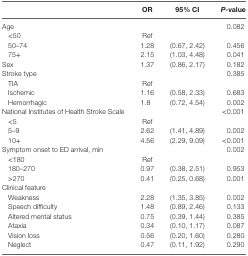
<table><thead><tr><td></td><td><b>OR</b></td><td><b>95% CI</b></td><td><b><i>P</i>-value</b></td></tr></thead><tbody><tr><td>Age</td><td></td><td></td><td>0.082</td></tr><tr><td> &lt;50</td><td>Ref</td><td></td><td></td></tr><tr><td> 50–74</td><td>1.28</td><td>(0.67, 2.42)</td><td>0.456</td></tr><tr><td> 75+</td><td>2.15</td><td>(1.03, 4.48)</td><td>0.041</td></tr><tr><td>Sex</td><td>1.37</td><td>(0.86, 2.17)</td><td>0.182</td></tr><tr><td>Stroke type</td><td></td><td></td><td>0.385</td></tr><tr><td> TIA</td><td>Ref</td><td></td><td></td></tr><tr><td> Ischemic</td><td>1.16</td><td>(0.58, 2.33)</td><td>0.683</td></tr><tr><td> Hemorrhagic</td><td>1.8</td><td>(0.72, 4.54)</td><td>0.002</td></tr><tr><td>National Institutes of Health Stroke Scale</td><td></td><td></td><td>&lt;0.001</td></tr><tr><td> &lt;5</td><td>Ref</td><td></td><td></td></tr><tr><td> 5–9</td><td>2.62</td><td>(1.41, 4.89)</td><td>0.002</td></tr><tr><td> 10+</td><td>4.56</td><td>(2.29, 9.09)</td><td>&lt;0.001</td></tr><tr><td>Symptom onset to ED arrival, min</td><td></td><td></td><td>0.002</td></tr><tr><td> &lt;180</td><td>Ref</td><td></td><td></td></tr><tr><td> 180–270</td><td>0.97</td><td>(0.38, 2.51)</td><td>0.953</td></tr><tr><td> &gt;270</td><td>0.41</td><td>(0.25, 0.68)</td><td>0.001</td></tr><tr><td>Clinical feature</td><td></td><td></td><td></td></tr><tr><td> Weakness</td><td>2.28</td><td>(1.35, 3.85)</td><td>0.002</td></tr><tr><td> Speech difficulty</td><td>1.48</td><td>(0.89, 2.46)</td><td>0.133</td></tr><tr><td> Altered mental status</td><td>0.75</td><td>(0.39, 1.44)</td><td>0.385</td></tr><tr><td> Ataxia</td><td>0.34</td><td>(0.10, 1.17)</td><td>0.087</td></tr><tr><td> Vision loss</td><td>0.56</td><td>(0.20, 1.60)</td><td>0.280</td></tr><tr><td> Neglect</td><td>0.47</td><td>(0.11, 1.92)</td><td>0.290</td></tr></tbody></table>